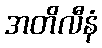
အတိလီနံ